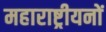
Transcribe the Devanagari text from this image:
महाराष्ट्रीयनों